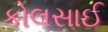
કોલસાઈ